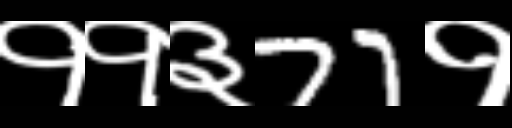
Text: ११३77१